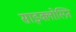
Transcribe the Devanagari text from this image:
साइक्लोस्प्रिन